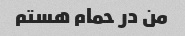
من در حمام هستم